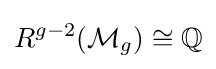
R^{g-2}({\mathcal {M}}_{g})\cong \mathbb {Q}